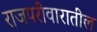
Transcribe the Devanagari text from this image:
राजपरीवारातील